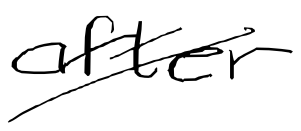
Text: after
Cross-out: diagonal
Writing tool: digital_black